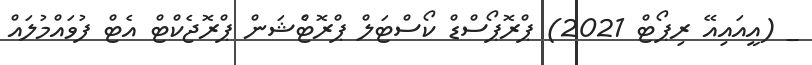
_ (އީއައިއޭ ރިޕޯޓް 2021) ޕްރޮޕޯސްޑް ކޯސްޓަލް ޕްރޮޓެްޝަން ޕްރޮޖެކްޓް އެޓް ފުވައްމުލައް